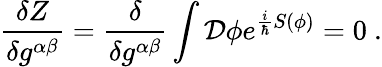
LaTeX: \frac{\delta Z}{\delta g^{\alpha\beta}}=\frac{\delta}{\delta g^{\alpha\beta}}\int{\cal D}\phi e^{\frac{i}{\hbar}S(\phi)}=0\ .